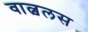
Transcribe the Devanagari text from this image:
वाल्वलस